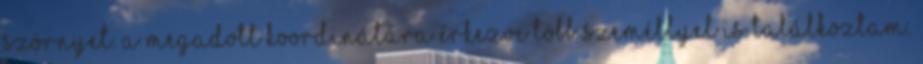
szörnyet. A megadott koordinátára érkezve több személlyel is találkoztam.